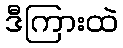
ဒီကြားထဲ